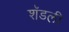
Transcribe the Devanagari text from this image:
शॅडली